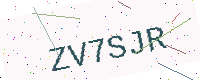
Text: ZV7SJR